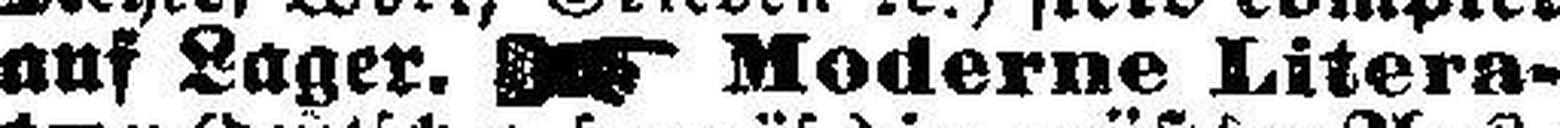
auf Lager. Moderne Litera¬